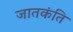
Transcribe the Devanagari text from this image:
जातकंति